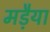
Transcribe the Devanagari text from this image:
मड़ैया